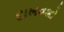
દાખવશો